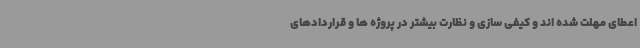
اعطای مهلت شده اند و کیفی سازی و نظارت بیشتر در پروژه ها و قراردادهای